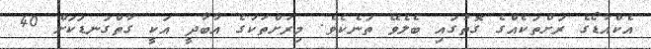
އެކްއާޑޯގެ ރަށްތަކެއްގެ ގޮތުގައި ބެލެވޭ ތަނެކެވެ. މިރަށްތަކުގެ އާބާދީ އަކީ ގާތްގަނޑަކަށް 40